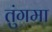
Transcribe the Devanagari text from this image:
तुंगमा